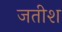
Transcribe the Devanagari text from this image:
जतीश